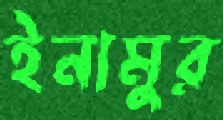
ইনামুর